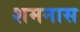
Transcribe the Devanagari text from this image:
शमनास